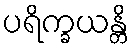
ပရိက္ခယန္တိ